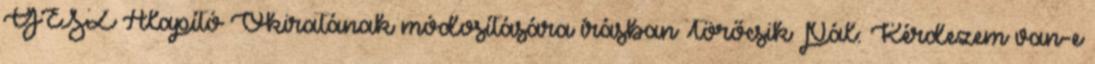
GESZ Alapító Okiratának módosítására írásban Törőcsik Pál: Kérdezem van-e